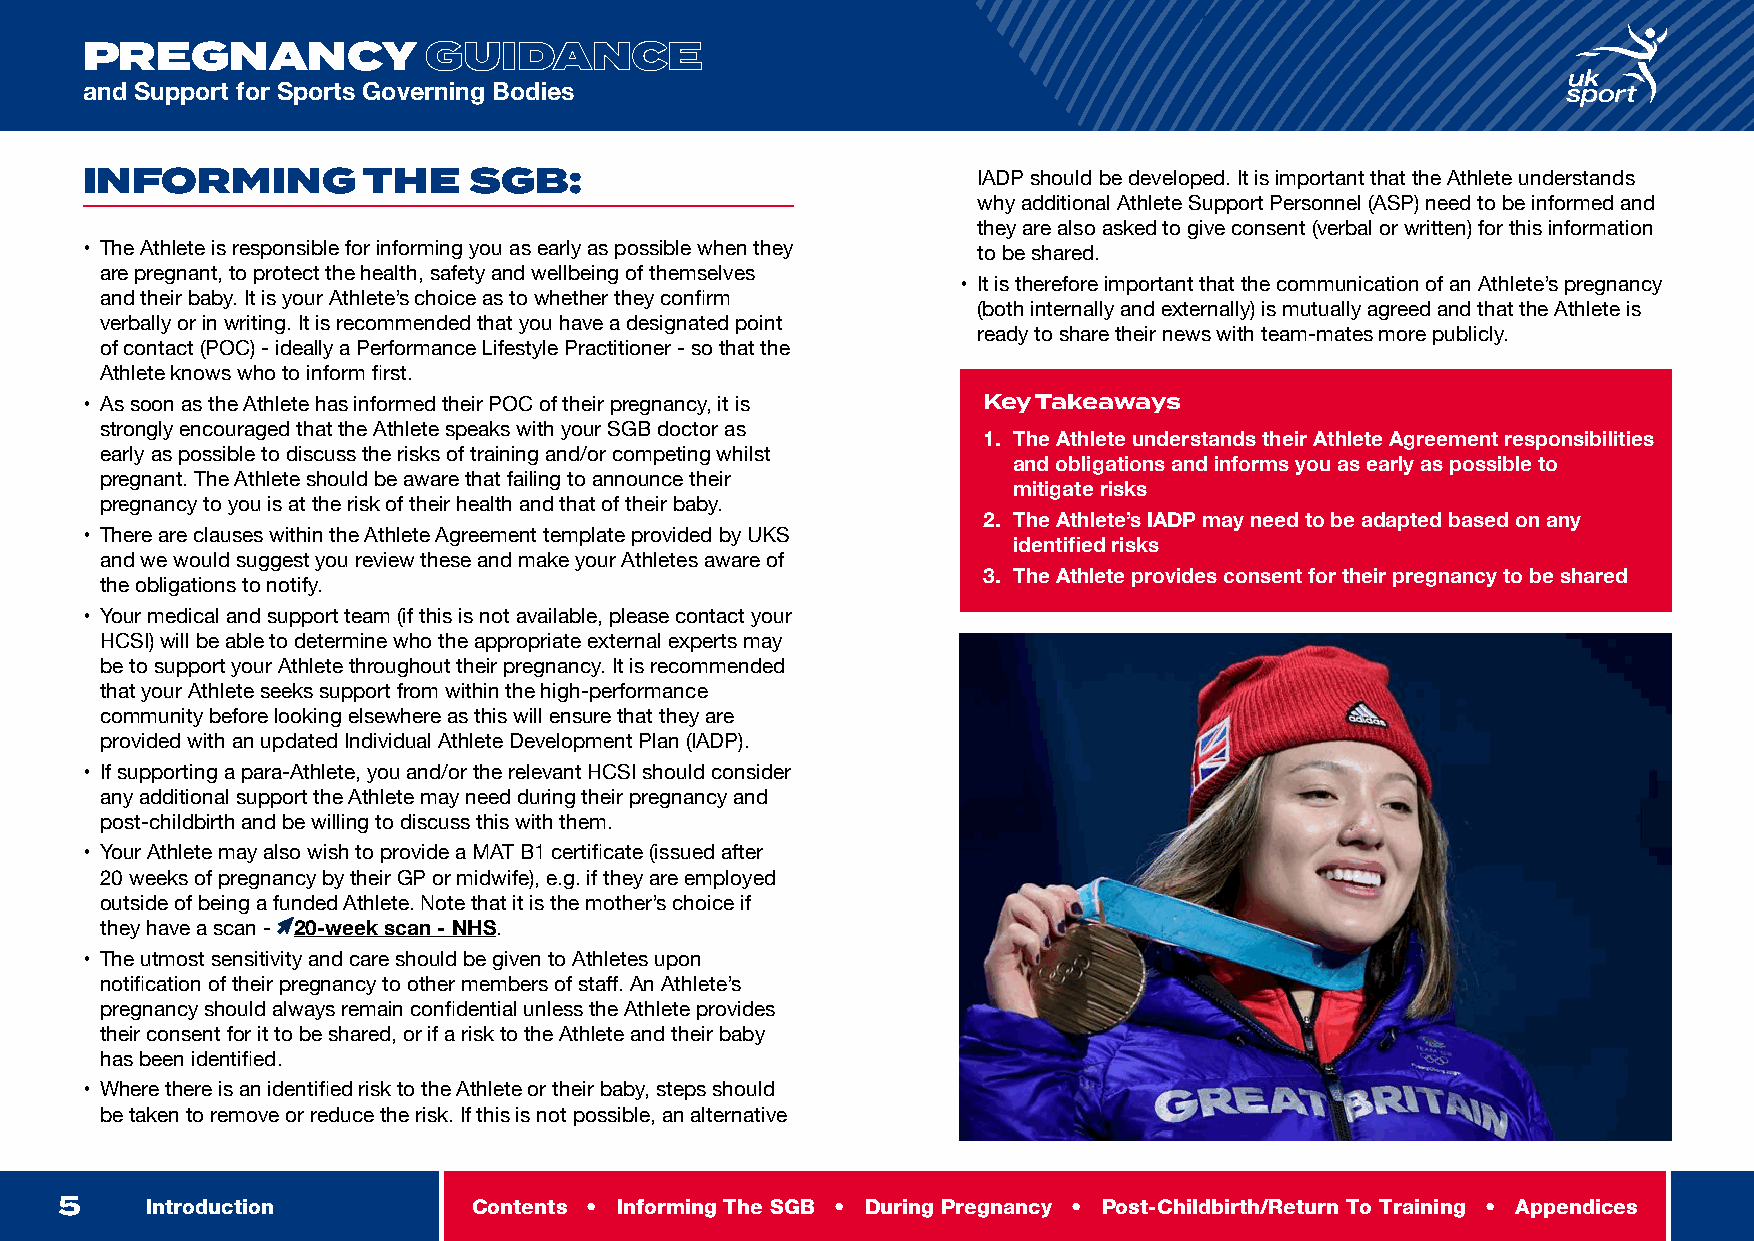
INTRODUCTION
 PREGNANCY              GUIDANCE
 and Support for Sports Governing Bodies
 INFORMING          THE    SGB:                              IADP should be developed. It is important that the Athlete understands
 why additional Athlete Support Personnel (ASP) need to be informed and
 they are also asked to give consent (verbal or written) for this information
 • The Athlete is responsible for informing you as early as possible when they to be shared.
 are pregnant, to protect the health, safety and wellbeing of themselves
 • It is therefore important that the communication of an Athlete’s pregnancy
 and their baby. It is your Athlete’s choice as to whether they confirm
 (both internally and externally) is mutually agreed and that the Athlete is
 verbally or in writing. It is recommended that you have a designated point
 ready to share their news with team-mates more publicly.
 of contact (POC) - ideally a Performance Lifestyle Practitioner - so that the
 Athlete knows who to inform first.
 • As soon as the Athlete has informed their POC of their pregnancy, it is Key Takeaways
 strongly encouraged that the Athlete speaks with your SGB doctor as
 1. The Athlete understands their Athlete Agreement responsibilities
 early as possible to discuss the risks of training and/or competing whilst
 and obligations and informs you as early as possible to
 pregnant. The Athlete should be aware that failing to announce their
 mitigate risks
 pregnancy to you is at the risk of their health and that of their baby.
 2. The Athlete’s IADP may need to be adapted based on any
 • There are clauses within the Athlete Agreement template provided by UKS
 identified risks
 and we would suggest you review these and make your Athletes aware of
 3. The Athlete provides consent for their pregnancy to be shared
 the obligations to notify.
 • Your medical and support team (if this is not available, please contact your
 HCSI) will be able to determine who the appropriate external experts may
 be to support your Athlete throughout their pregnancy. It is recommended
 that your Athlete seeks support from within the high-performance
 community before looking elsewhere as this will ensure that they are
 provided with an updated Individual Athlete Development Plan (IADP).
 • If supporting a para-Athlete, you and/or the relevant HCSI should consider
 any additional support the Athlete may need during their pregnancy and
 post-childbirth and be willing to discuss this with them.
 • Your Athlete may also wish to provide a MAT B1 certificate (issued after
 20 weeks of pregnancy by their GP or midwife), e.g. if they are employed
 outside of being a funded Athlete. Note that it is the mother’s choice if
 they have a scan - 20-week scan - NHS.
 • The utmost sensitivity and care should be given to Athletes upon
 notification of their pregnancy to other members of staff. An Athlete’s
 pregnancy should always remain confidential unless the Athlete provides
 their consent for it to be shared, or if a risk to the Athlete and their baby
 has been identified.
 • Where there is an identified risk to the Athlete or their baby, steps should
 be taken to remove or reduce the risk. If this is not possible, an alternative
 5     Introduction         Contents • Informing The SGB • During Pregnancy • Post-Childbirth/Return To Training • Appendices